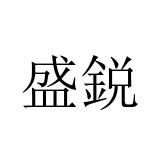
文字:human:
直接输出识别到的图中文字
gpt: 盛鋭